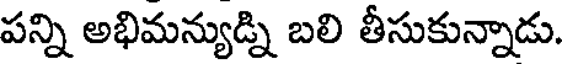
పన్ని అభిమన్యుడ్ని బలి తీసుకున్నాడు.